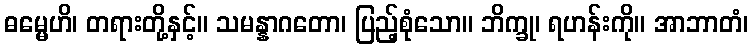
ဓမ္မေဟိ၊ တရားတို့နှင့်။ သမန္နာဂတော၊ ပြည့်စုံသော။ ဘိက္ခု၊ ရဟန်းကို။ အာဘာတံ၊